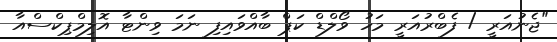
"ޖެނުއަރީ / ފެބްރުއަރީ މަހު ވޯލްޑް ކަޕް ބާއްވައިފި ނަމަ ވިންޓާ އޮލިމްޕިކްސްއާ